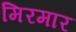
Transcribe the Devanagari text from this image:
मिरमार